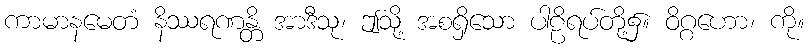
ကာမာနမေတံ နိဿရဏန္တိ အာဒီသု၊ ဤသို့ အစရှိသော ပါဠိရပ်တို့၌။ ဝိဂ္ဂဟော၊ ကို။